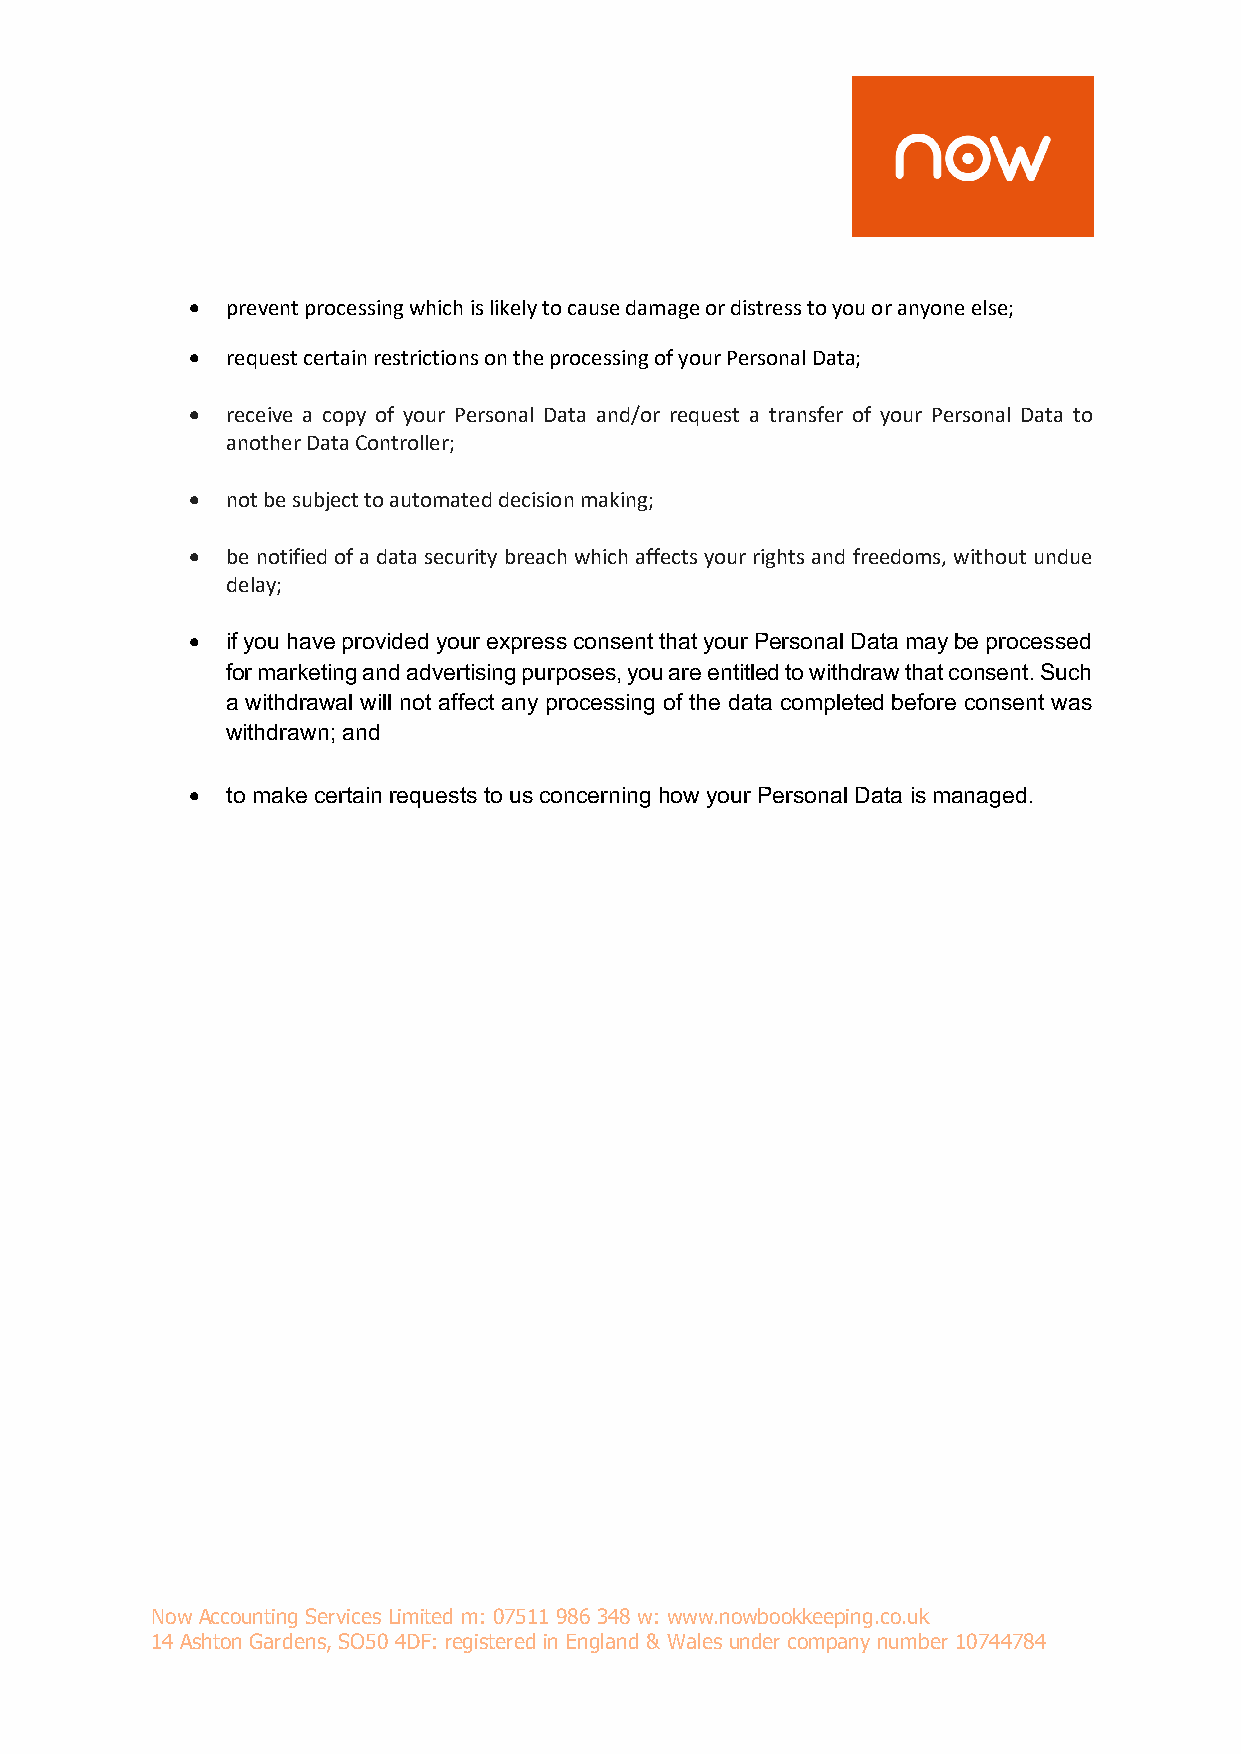
•  prevent processing which is likely to cause damage or distress to you or anyone else;
 •  request certain restrictions on the processing of your Personal Data;
 •  receive a copy of your Personal Data and/or request a transfer of your Personal Data to
 another Data Controller;
 •  not be subject to automated decision making;
 •  be notified of a data security breach which affects your rights and freedoms, without undue
 delay;
 •  if you have provided your express consent that your Personal Data may be processed
 for marketing and advertising purposes, you are entitled to withdraw that consent. Such
 a withdrawal will not affect any processing of the data completed before consent was
 withdrawn; and
 •  to make certain requests to us concerning how your Personal Data is managed.
 Now Accounting Services Limited m: 07511 986 348 w: www.nowbookkeeping.co.uk
 14 Ashton Gardens, SO50 4DF: registered in England & Wales under company number 10744784